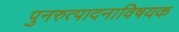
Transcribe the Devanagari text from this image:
पुनरुत्पादनाविषयक